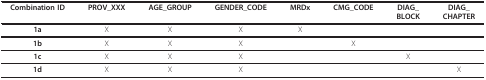
<table><thead><tr><td><b>Combination ID</b></td><td><b>PROV_XXX</b></td><td><b>AGE_GROUP</b></td><td><b>GENDER_CODE</b></td><td><b>MRDx</b></td><td><b>CMG_CODE</b></td><td><b>DIAG_BLOCK</b></td><td><b>DIAG_CHAPTER</b></td></tr></thead><tbody><tr><td><b>1a</b></td><td>X</td><td>X</td><td>X</td><td>X</td><td></td><td></td><td></td></tr><tr><td><b>1b</b></td><td>X</td><td>X</td><td>X</td><td></td><td>X</td><td></td><td></td></tr><tr><td><b>1c</b></td><td>X</td><td>X</td><td>X</td><td></td><td></td><td>X</td><td></td></tr><tr><td><b>1d</b></td><td>X</td><td>X</td><td>X</td><td></td><td></td><td></td><td>X</td></tr></tbody></table>